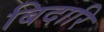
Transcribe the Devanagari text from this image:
बिदारि